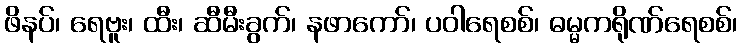
ဖိနပ်၊ ရေဗူး၊ ထီး၊ ဆီမီးခွက်၊ နဖာကော်၊ ပဝါရေစစ်၊ ဓမ္မကရိုဏ်ရေစစ်၊